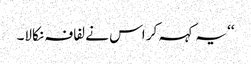
‘‘ یہ کہہ کر اس نے لفافہ نکالا۔